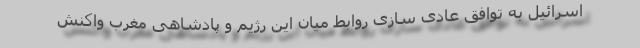
اسرائیل به توافق عادی سازی روابط میان این رژیم و پادشاهی مغرب واکنش